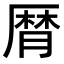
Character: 𠪠